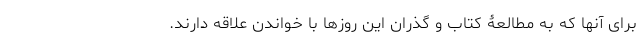
برای آنها که به مطالعۀ کتاب و گذران این روزها با خواندن علاقه دارند.